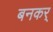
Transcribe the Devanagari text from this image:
बनकर्